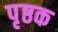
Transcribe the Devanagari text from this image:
पृष्ठक